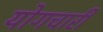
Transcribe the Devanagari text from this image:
योगचारी